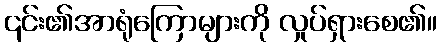
၎င်း၏အာရုံကြောများကို လှုပ်ရှားစေ၏။